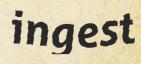
ingest